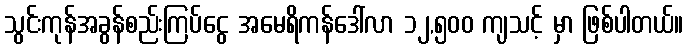
သွင်းကုန်အခွန်စည်းကြပ်ငွေ အမေရိကန်ဒေါ်လာ ၁၂,၅၀၀ ကျသင့် မှာ ဖြစ်ပါတယ်။